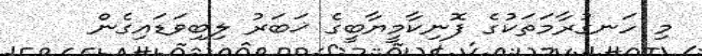
މި ހަނގުރާމަތަކުގެ ފޮނިކާމީޔާބީގެ ޚަބަރު ލިބިވަޑައިގެން